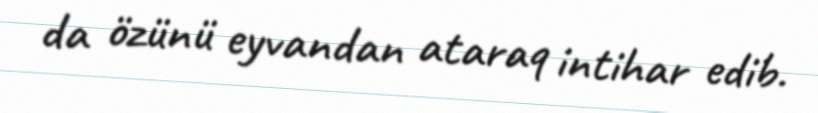
da özünü eyvandan ataraq intihar edib.